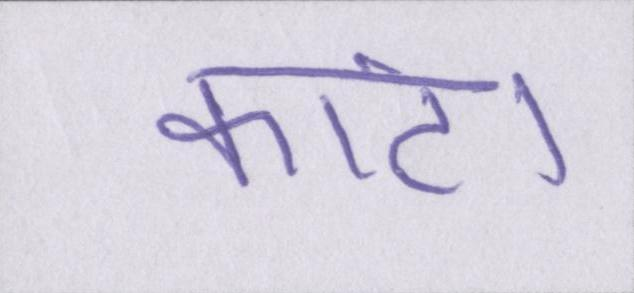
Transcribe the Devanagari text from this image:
कांटा